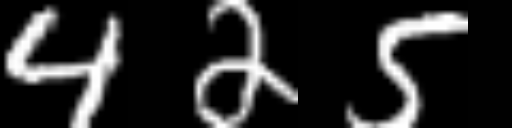
Text: 425